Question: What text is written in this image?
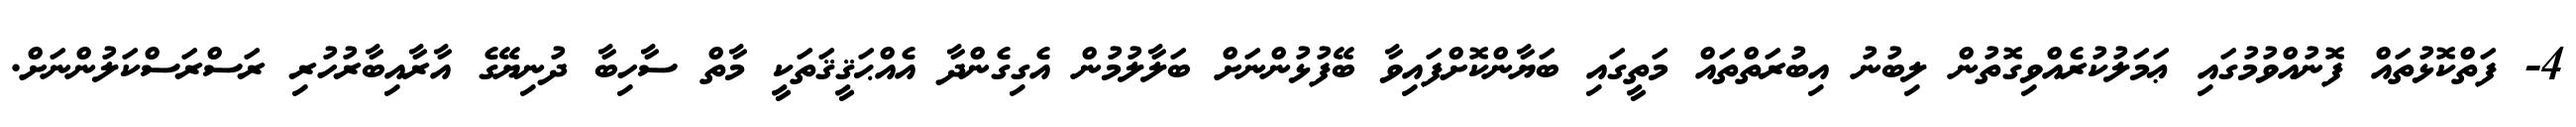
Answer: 4- ފަތްކޮޅުތައް ފޮނުއްވުމުގައި ޢަމަލުކުރެއްވިގޮތުން ލިބުނު އިބުރަތްތައް މަތީގައި ބަޔާންކޮށްފައިވާ ބޭފުޅުންނަށް ބަލާލުމުން އެގިގެންދާ އެއްޙަޤީޤަތަކީ މާތް ސާހިބާ ދުނިޔޭގެ އާރާއިބާރުހުރި ރަސްރަސްކަލުންނަށް.